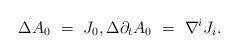
LaTeX: \begin{align*} \begin{aligned} \Delta A_0 \ = \ J_0, \Delta \partial_t A_0 \ = \ \nabla^i J_i. \end{aligned}\end{align*}